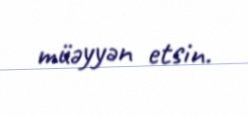
müəyyən etsin.